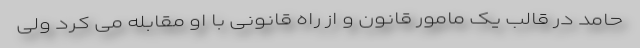
حامد در قالب یک مامور قانون و از راه قانونی با او مقابله می کرد ولی